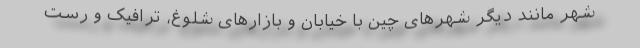
شهر مانند دیگر شهرهای چین با خیابان و بازارهای شلوغ، ترافیک و رست